Indian Medical Review
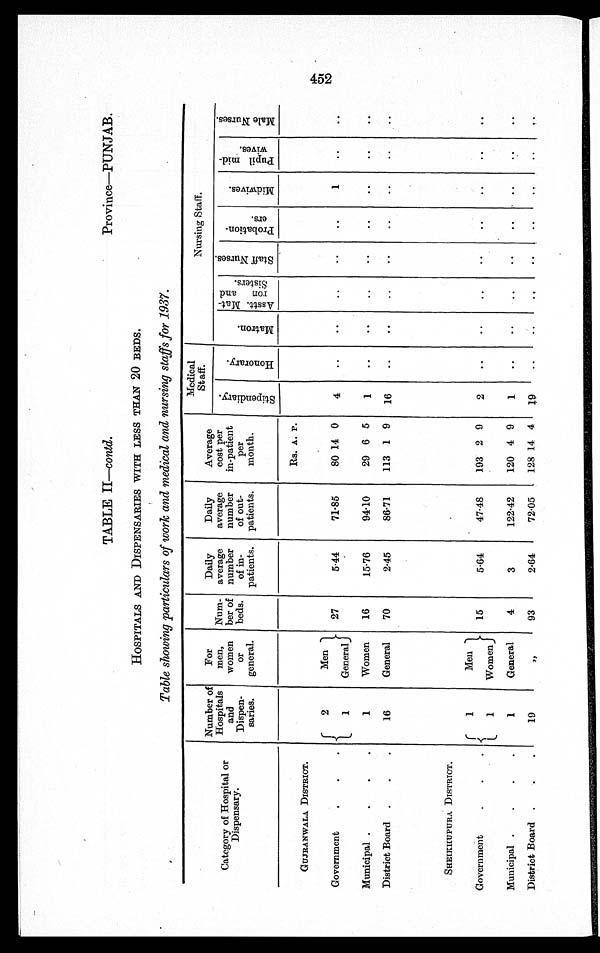
TABLE II— contd.
Province—PUNJAB.
HOSPITALS AND DISPENSARIES WITH LESS THAN 20 BEDS.
Table showing particulars of work and medical and nursing staffs for 1937.
Category of Hospital or
Di spensar y.
Number of
Hospitals
and
Dispen-
saries.
For
men,
women
o r
general.
Num-
ber of
beds.
Daily
average
number
of in-
patients.
Daily
average
number
of out-
patients.
Average
cost per
in-patient
per
month.
Medical
Staff.
Nursing Staff.
S t i p e n d i a r y .
H o n o r a r y .
M a t r o n .
A s s t t . M a t -
r o n a n d
S i s t e r s .
S t a f f N u r s e s .
P r o b a t i o n -
e r s .
M i d w i v e s .
P u p i l m i d -
w i v e s .
M a l e N u r s e s .
GUJRANWALA DISTRICT.
Rs. A. P.
Government
.
.
.
2
Men
27
5.44
71.85
80 14 0
4
..
..
..
..
..
1
. .
..
1
General
Municipal .
. . .
1
Women
16
15.76
94.10
29 6 5
1
..
..
..
..
..
. .
..
..
District Board .
.
.
16
General
70
2.45
86.71
113 1 9
16
. .
. .
..
..
..
..
. .
. .
SHEIKHUPURA DISTRTCT.
Government
.
.
.
1
Men
15
5.64
47.48
193 2 9
2
..
..
..
..
..
..
. .
..
1
Women
Municipal .
.
.
.
1
General
4
3
122.42
120 4 9
1
..
..
..
..
..
. .
. .
. .
District Board. . .
19
„
93
2.64
72.05
128 14 4
19
..
. .
. . ..
..
..
. .
. .